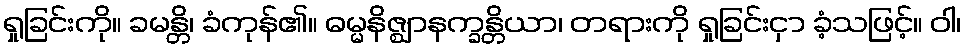
ရှုခြင်းကို။ ခမန္တိ၊ ခံကုန်၏။ ဓမ္မနိဇ္ဈာနက္ခန္တိယာ၊ တရားကို ရှုခြင်းငှာ ခံ့သဖြင့်။ ဝါ၊